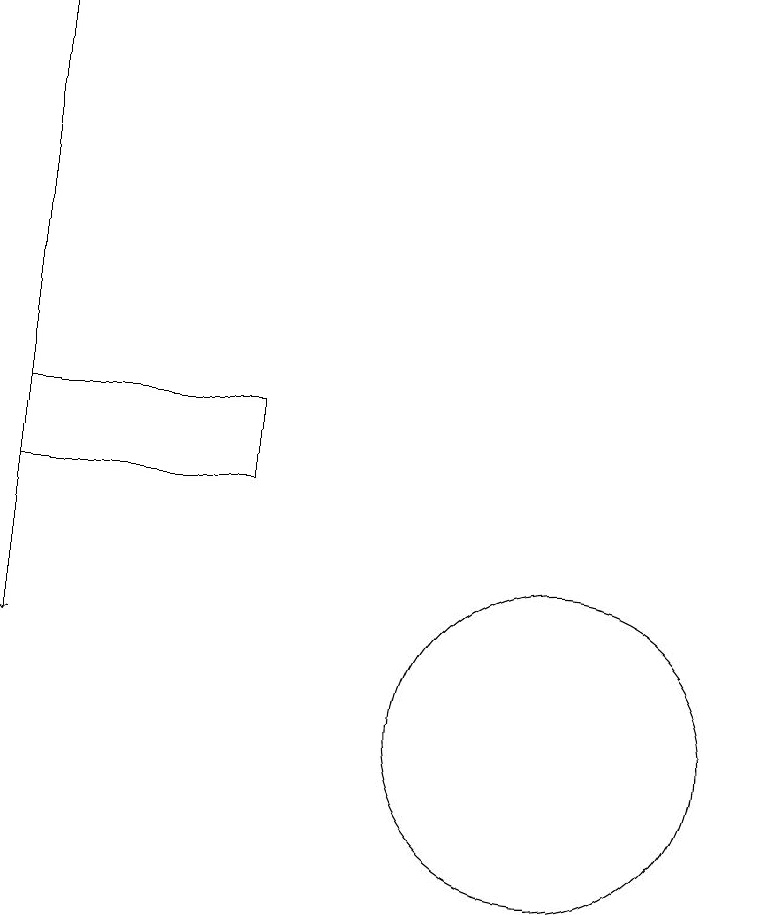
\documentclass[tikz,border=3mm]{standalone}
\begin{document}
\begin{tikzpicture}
\draw (10,10) circle (2);
\draw[->] (3,19) -- (3,11);
\draw (6,14) rectangle (3,13);
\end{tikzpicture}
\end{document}